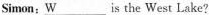
Simon:\underline{W} ___ is the West Lake?